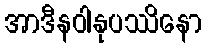
အာဒီနဝါနုပဿိနော